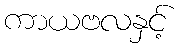
ကာယဗလနှင့်